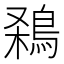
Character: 𪁁